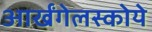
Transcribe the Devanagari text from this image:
आर्खंगेलस्कोये